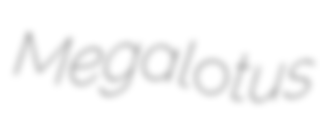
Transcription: Megalotus